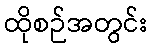
ထိုစဉ်အတွင်း